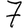
Digit: 7